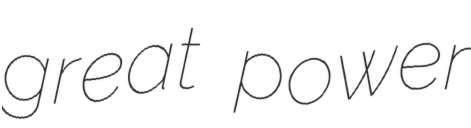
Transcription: great power